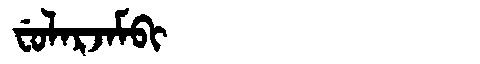
Manchu: ᠸᡠᠯᠠᡵᠵᠠᠮᠪᡳ
Romanization: FULARJAMBI